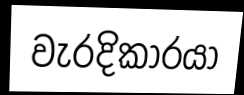
වැරදිකාරයා